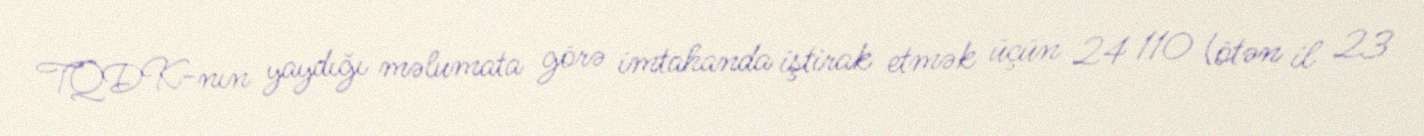
TQDK-nın yaydığı məlumata görə imtahanda iştirak etmək üçün 24 110 (ötən il 23